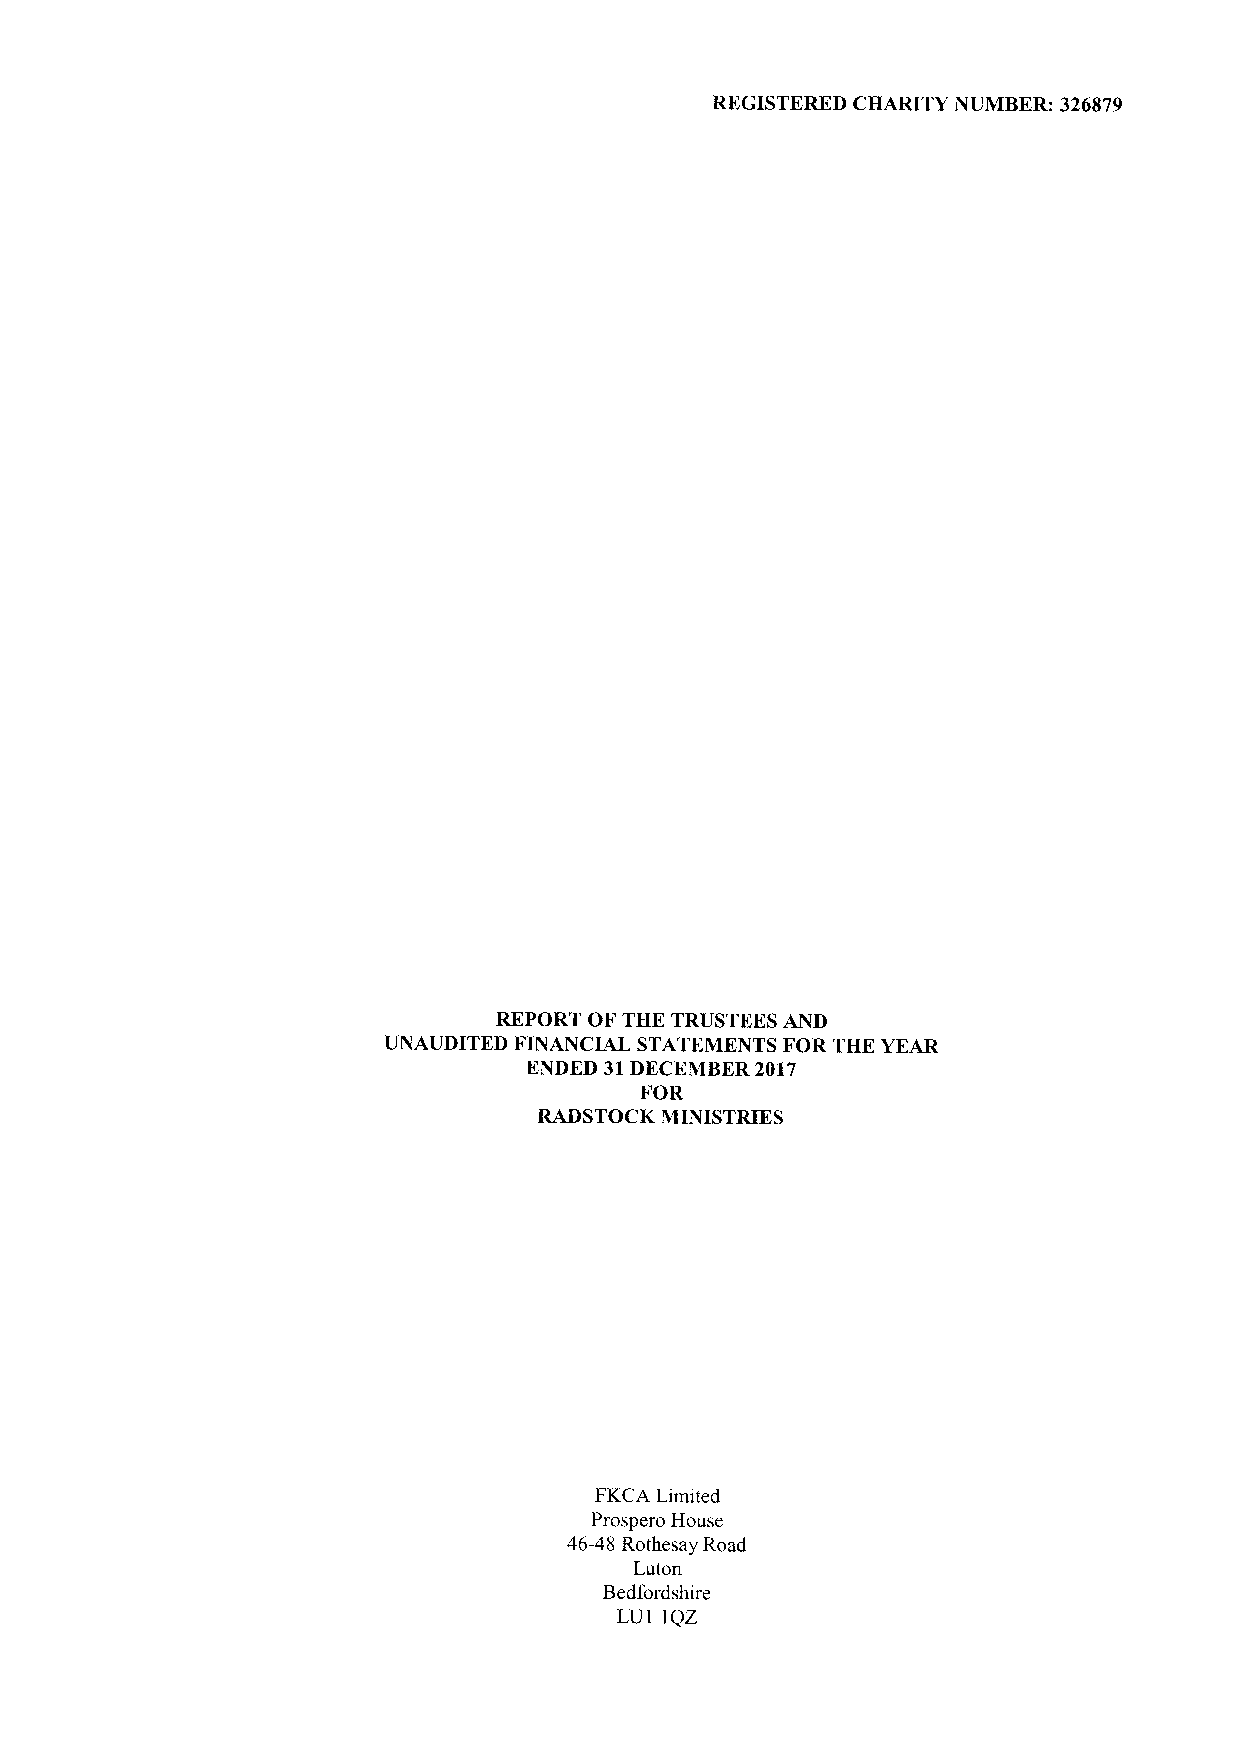
REGISTERED CHARITY NUMBER: 326879
 REPORT OF THE TRUSTEES AND
 UNAUDITED FINANCIAL STATEMENTS FOR THE YEAR
 ENDED 31DECEMBER2017
 FOR
 RADSTOCK MINISTMES
 FKCA Limited
 Prospero House
 46-48 Rothesay Road
 Luton
 Bedfordshire
 LU1 1QZ